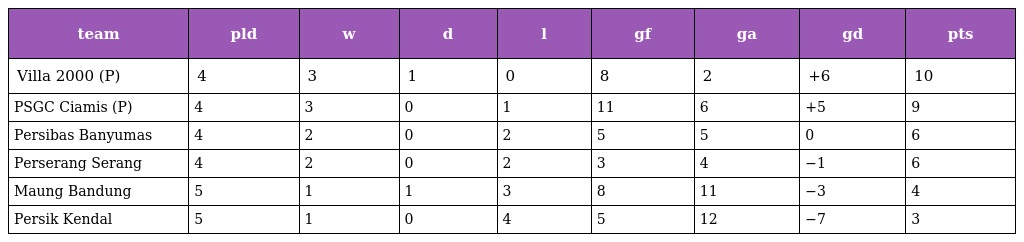
| team | pld | w | d | l | gf | ga | gd | pts |
 | --- | --- | --- | --- | --- | --- | --- | --- | --- |
 | Villa 2000 (P) | 4 | 3 | 1 | 0 | 8 | 2 | +6 | 10 |
 | PSGC Ciamis (P) | 4 | 3 | 0 | 1 | 11 | 6 | +5 | 9 |
 | Persibas Banyumas | 4 | 2 | 0 | 2 | 5 | 5 | 0 | 6 |
 | Perserang Serang | 4 | 2 | 0 | 2 | 3 | 4 | −1 | 6 |
 | Maung Bandung | 5 | 1 | 1 | 3 | 8 | 11 | −3 | 4 |
 | Persik Kendal | 5 | 1 | 0 | 4 | 5 | 12 | −7 | 3 |